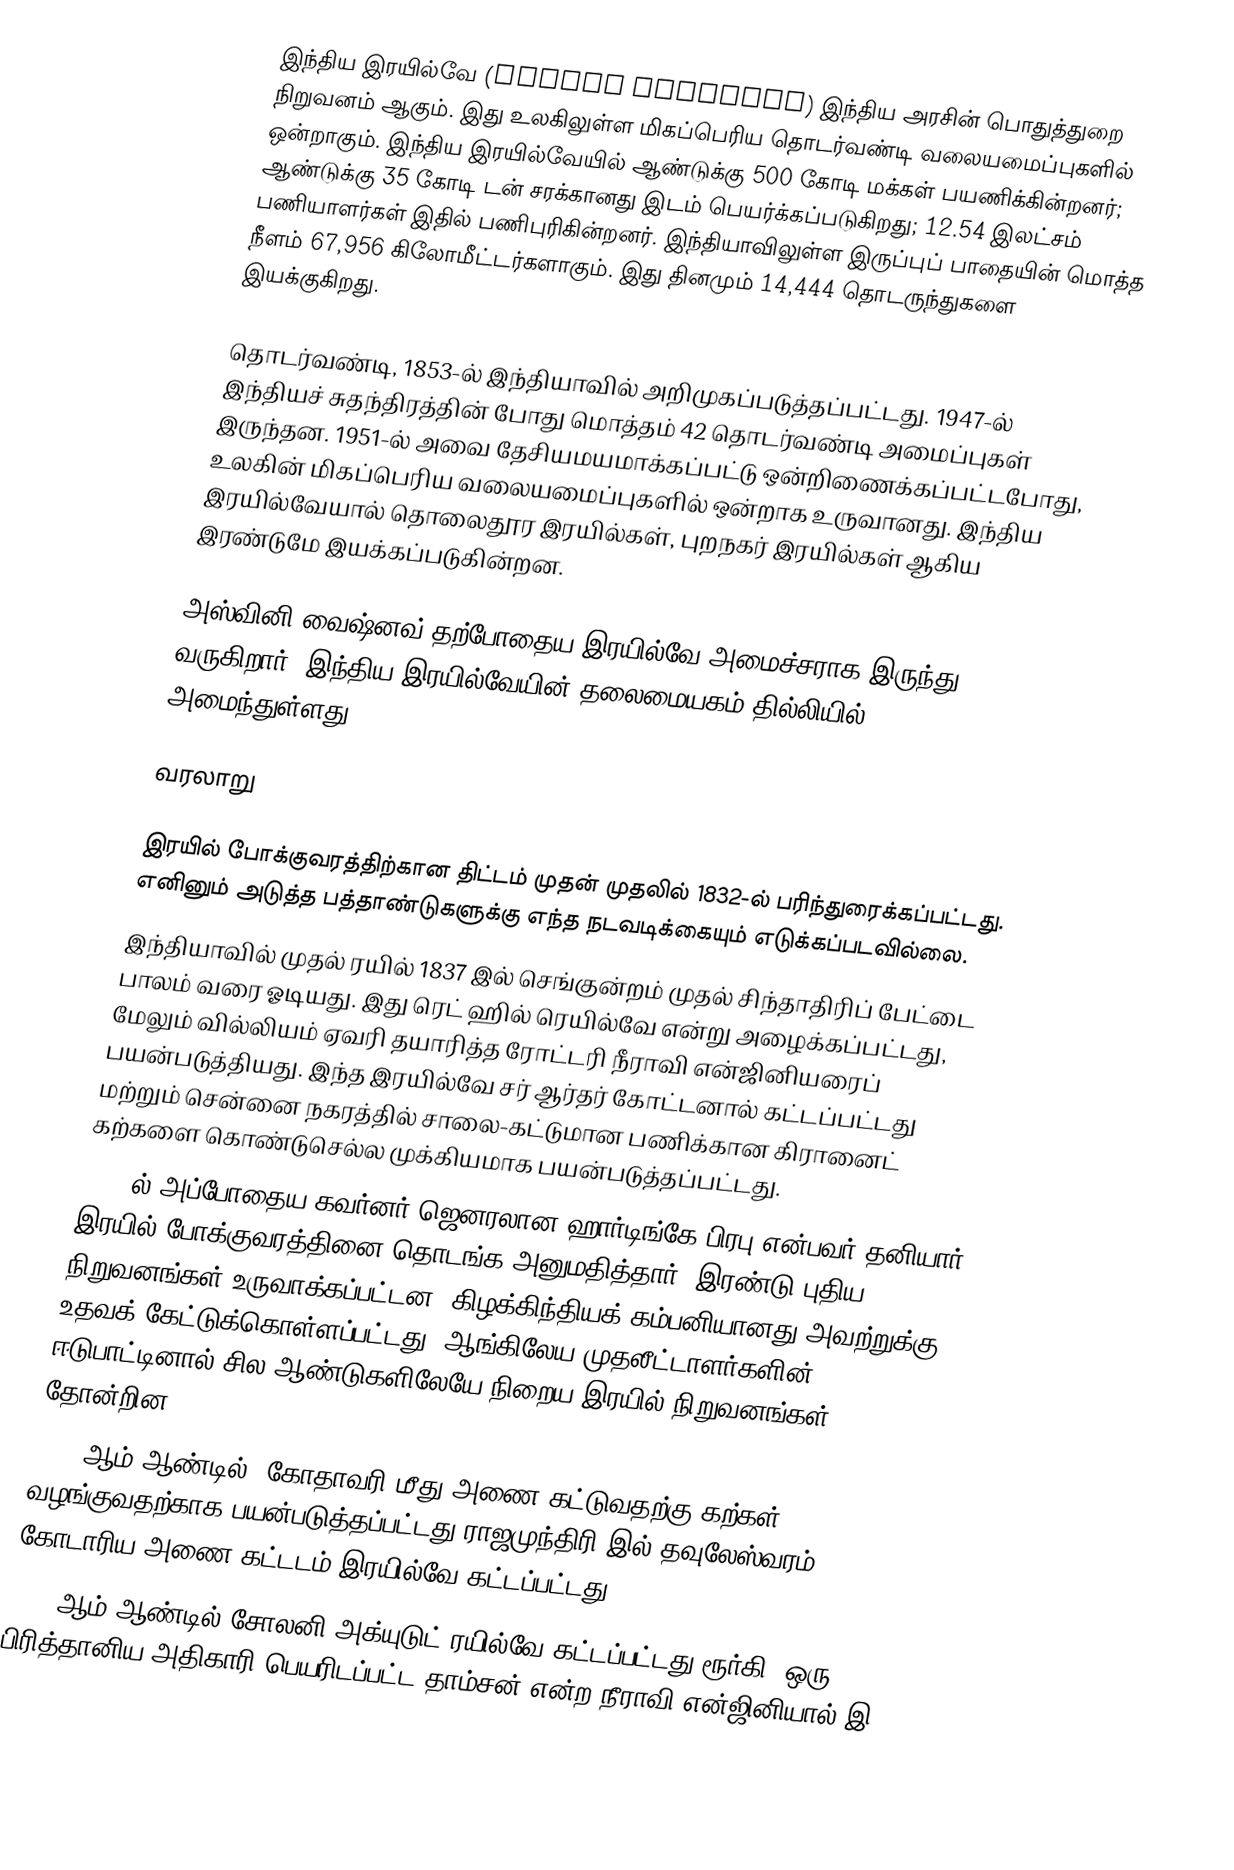
இந்திய இரயில்வே (Indian Railways) இந்திய அரசின் பொதுத்துறை நிறுவனம் ஆகும். இது உலகிலுள்ள மிகப்பெரிய தொடர்வண்டி வலையமைப்புகளில் ஒன்றாகும். இந்திய இரயில்வேயில் ஆண்டுக்கு 500 கோடி மக்கள் பயணிக்கின்றனர்; ஆண்டுக்கு 35 கோடி டன் சரக்கானது இடம் பெயர்க்கப்படுகிறது; 12.54 இலட்சம் பணியாளர்கள் இதில் பணிபுரிகின்றனர். இந்தியாவிலுள்ள இருப்புப் பாதையின் மொத்த நீளம் 67,956 கிலோமீட்டர்களாகும். இது தினமும் 14,444 தொடருந்துகளை இயக்குகிறது.

தொடர்வண்டி, 1853-ல் இந்தியாவில் அறிமுகப்படுத்தப்பட்டது. 1947-ல் இந்தியச் சுதந்திரத்தின் போது மொத்தம் 42 தொடர்வண்டி அமைப்புகள் இருந்தன. 1951-ல் அவை தேசியமயமாக்கப்பட்டு ஒன்றிணைக்கப்பட்டபோது, உலகின் மிகப்பெரிய வலையமைப்புகளில் ஒன்றாக உருவானது. இந்திய இரயில்வேயால் தொலைதூர இரயில்கள், புறநகர் இரயில்கள் ஆகிய இரண்டுமே இயக்கப்படுகின்றன.

அஸ்வினி வைஷ்னவ் தற்போதைய இரயில்வே அமைச்சராக இருந்து வருகிறார். இந்திய இரயில்வேயின் தலைமையகம் தில்லியில் அமைந்துள்ளது.

வரலாறு

 இரயில் போக்குவரத்திற்கான திட்டம் முதன் முதலில் 1832-ல் பரிந்துரைக்கப்பட்டது. எனினும் அடுத்த பத்தாண்டுகளுக்கு எந்த நடவடிக்கையும் எடுக்கப்படவில்லை.
 இந்தியாவில் முதல் ரயில் 1837 இல் செங்குன்றம் முதல் சிந்தாதிரிப் பேட்டை பாலம் வரை ஓடியது. இது ரெட் ஹில் ரெயில்வே என்று அழைக்கப்பட்டது, மேலும் வில்லியம் ஏவரி தயாரித்த ரோட்டரி நீராவி என்ஜினியரைப் பயன்படுத்தியது. இந்த இரயில்வே சர் ஆர்தர் கோட்டனால் கட்டப்பட்டது மற்றும் சென்னை நகரத்தில் சாலை-கட்டுமான பணிக்கான கிரானைட் கற்களை கொண்டுசெல்ல முக்கியமாக பயன்படுத்தப்பட்டது.
 1844-ல் அப்போதைய கவர்னர்-ஜெனரலான ஹார்டிங்கே பிரபு என்பவர் தனியார் இரயில் போக்குவரத்தினை தொடங்க அனுமதித்தார். இரண்டு புதிய நிறுவனங்கள் உருவாக்கப்பட்டன. கிழக்கிந்தியக் கம்பனியானது அவற்றுக்கு உதவக் கேட்டுக்கொள்ளப்பட்டது. ஆங்கிலேய முதலீட்டாளர்களின் ஈடுபாட்டினால் சில ஆண்டுகளிலேயே நிறைய இரயில் நிறுவனங்கள் தோன்றின.
 1845 ஆம் ஆண்டில், கோதாவரி மீது அணை கட்டுவதற்கு கற்கள் வழங்குவதற்காக பயன்படுத்தப்பட்டது ராஜமுந்திரி இல் தவுலேஸ்வரம் கோடாரிய அணை கட்டடம் இரயில்வே கட்டப்பட்டது.
 1851 ஆம் ஆண்டில் சோலனி அக்யுடுட் ரயில்வே கட்டப்பட்டது ரூர்கி, ஒரு பிரித்தானிய அதிகாரி பெயரிடப்பட்ட  தாம்சன்  என்ற நீராவி என்ஜினியால் இ